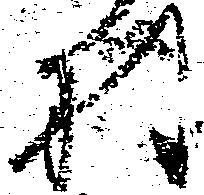
村